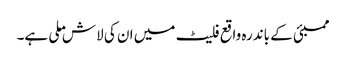
ممبئی کے باندرہ واقع فلیٹ میں ان کی لاش ملی ہے۔